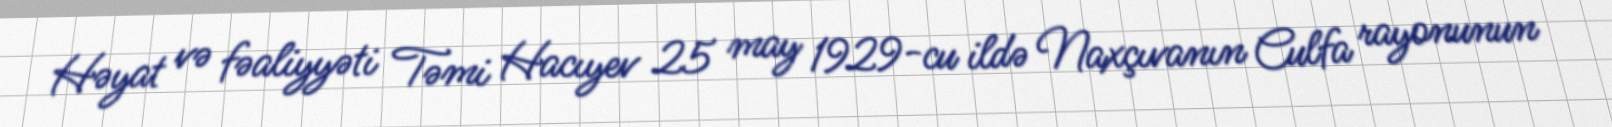
Həyat və fəaliyyəti Təmi Hacıyev 25 may 1929-cu ildə Naxçıvanın Culfa rayonunun